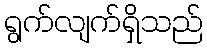
ရွက်လျက်ရှိသည်